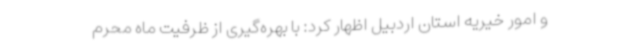
و امور خیریه استان اردبیل اظهار کرد: با بهره‌گیری از ظرفیت ماه محرم